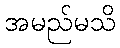
အမည်မသိ